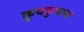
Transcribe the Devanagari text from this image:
कुचकुचाना